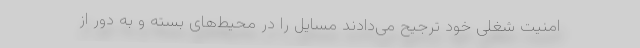
امنیت شغلی خود ترجیح می‌دادند مسایل را در محیط‌های بسته و به دور از